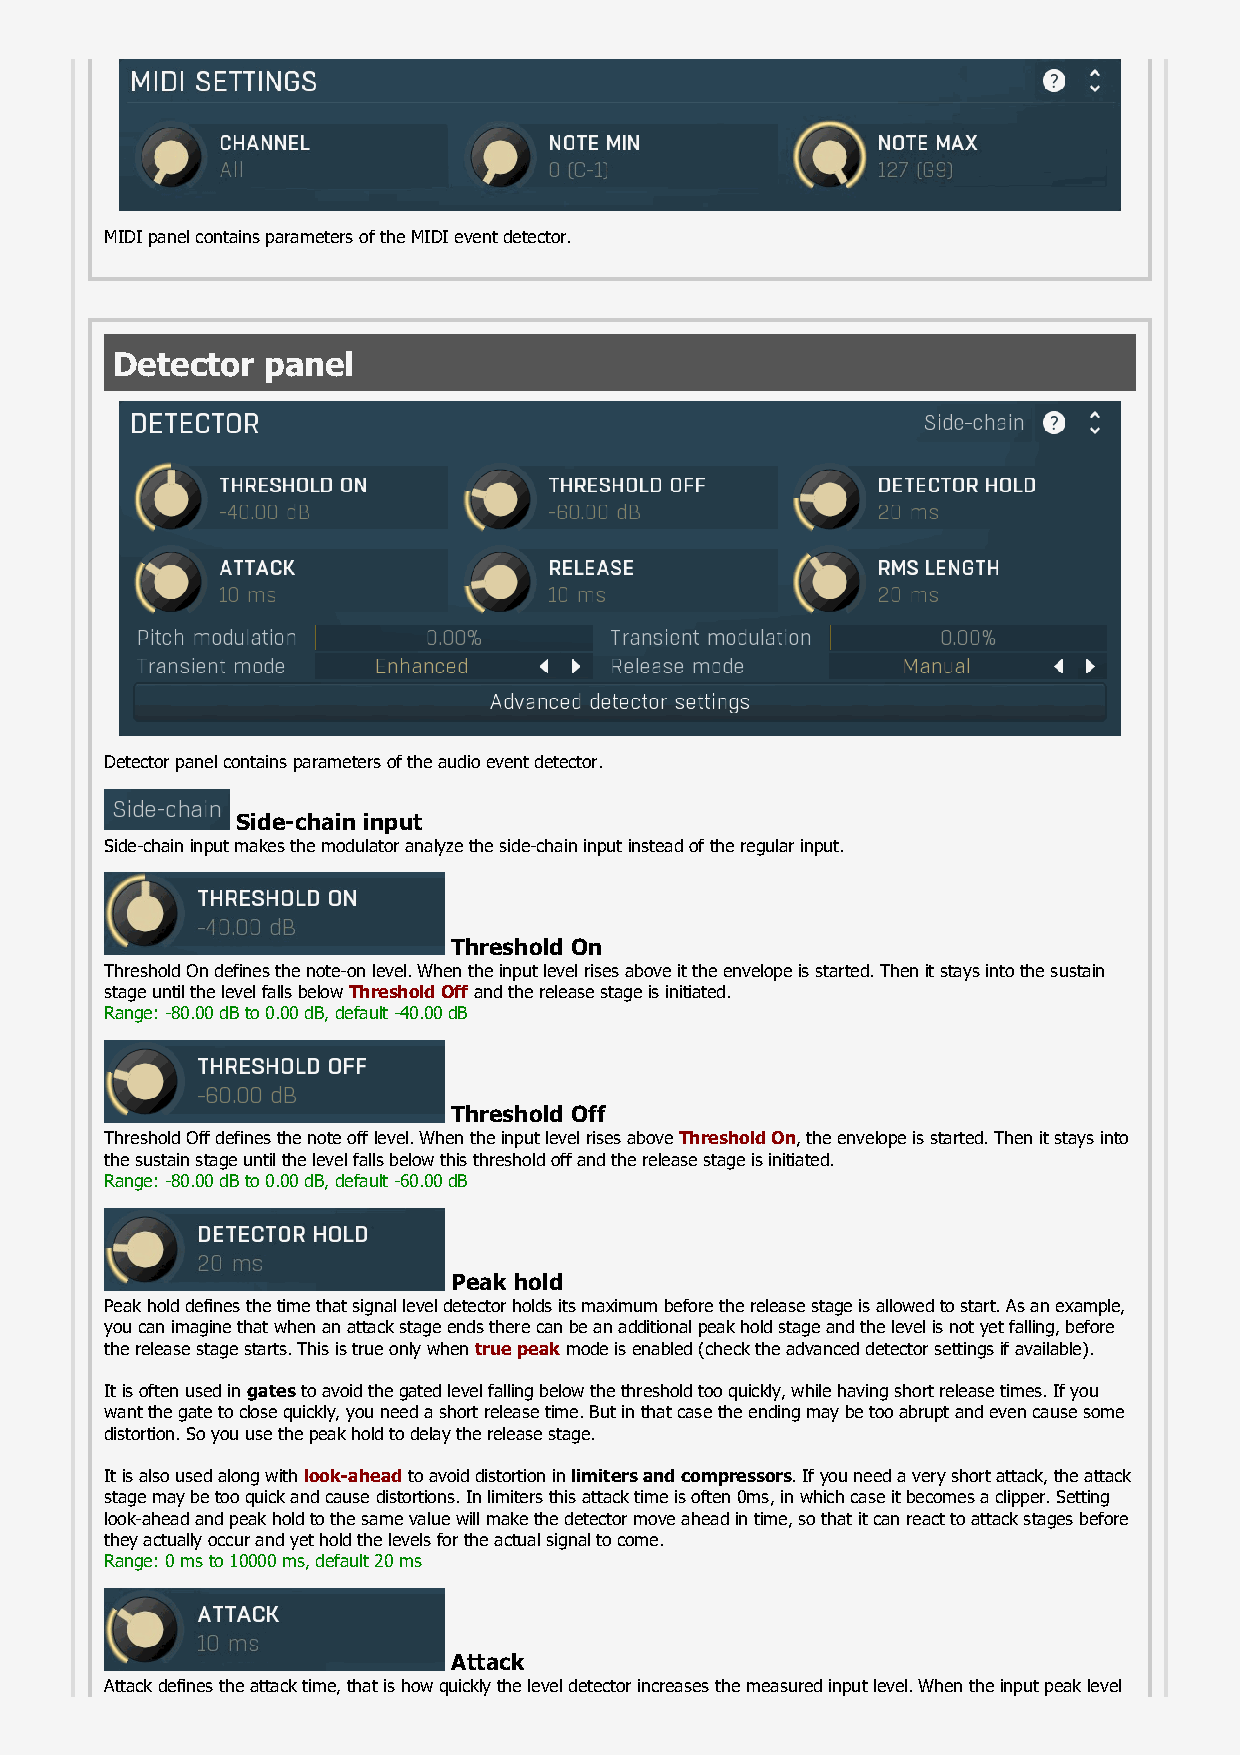
MIDI panel contains parameters of the MIDI event detector.
 Detector  panel
 Detector panel contains parameters of the audio event detector.
 Side-chain input
 Side-chain input makes the modulator analyze the side-chain input instead of the regular input.
 Threshold On
 Threshold On defines the note-on level. When the input level rises above it the envelope is started. Then it stays into the sustain
 stage until the level falls below Threshold Off and the release stage is initiated.
 Range: -80.00 dB to 0.00 dB, default -40.00 dB
 Threshold Off
 Threshold Off defines the note off level. When the input level rises above Threshold On, the envelope is started. Then it stays into
 the sustain stage until the level falls below this threshold off and the release stage is initiated.
 Range: -80.00 dB to 0.00 dB, default -60.00 dB
 Peak hold
 Peak hold defines the time that signal level detector holds its maximum before the release stage is allowed to start. As an example,
 you can imagine that when an attack stage ends there can be an additional peak hold stage and the level is not yet falling, before
 the release stage starts. This is true only when true peak mode is enabled (check the advanced detector settings if available).
 It is often used in gates to avoid the gated level falling below the threshold too quickly, while having short release times. If you
 want the gate to close quickly, you need a short release time. But in that case the ending may be too abrupt and even cause some
 distortion. So you use the peak hold to delay the release stage.
 It is also used along with look-ahead to avoid distortion in limiters and compressors. If you need a very short attack, the attack
 stage may be too quick and cause distortions. In limiters this attack time is often 0ms, in which case it becomes a clipper. Setting
 look-ahead and peak hold to the same value will make the detector move ahead in time, so that it can react to attack stages before
 they actually occur and yet hold the levels for the actual signal to come.
 Range: 0 ms to 10000 ms, default 20 ms
 Attack
 Attack defines the attack time, that is how quickly the level detector increases the measured input level. When the input peak level